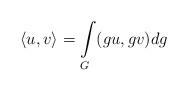
LaTeX: \begin{align*}\left\langle u,v\right\rangle ={\displaystyle\int\limits_{G}}(gu,gv)dg \end{align*}